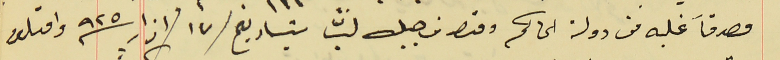
مصدقاً عليه من دولة الحاكم ومتصرف جبل لبنان بتاريخ /١٧ /اذار سنة ٩٢٥ واقبلوا